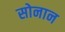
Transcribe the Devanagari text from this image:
सोनान